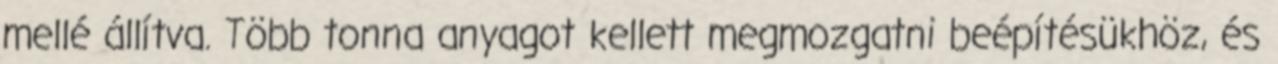
mellé állítva. Több tonna anyagot kellett megmozgatni beépítésükhöz, és